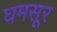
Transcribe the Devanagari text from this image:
घमसूर